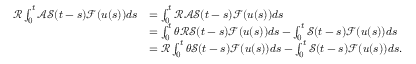
\begin{array} { r l } { \mathcal { R } \int _ { 0 } ^ { t } \mathcal { A } \mathcal { S } ( t - s ) \mathcal { F } ( u ( s ) ) d s } & { = \int _ { 0 } ^ { t } \mathcal { R } \mathcal { A } \mathcal { S } ( t - s ) \mathcal { F } ( u ( s ) ) d s } \\ & { = \int _ { 0 } ^ { t } \theta \mathcal { R } \mathcal { S } ( t - s ) \mathcal { F } ( u ( s ) ) d s - \int _ { 0 } ^ { t } \mathcal { S } ( t - s ) \mathcal { F } ( u ( s ) ) d s } \\ & { = \mathcal { R } \int _ { 0 } ^ { t } \theta \mathcal { S } ( t - s ) \mathcal { F } ( u ( s ) ) d s - \int _ { 0 } ^ { t } \mathcal { S } ( t - s ) \mathcal { F } ( u ( s ) ) d s . } \end{array}